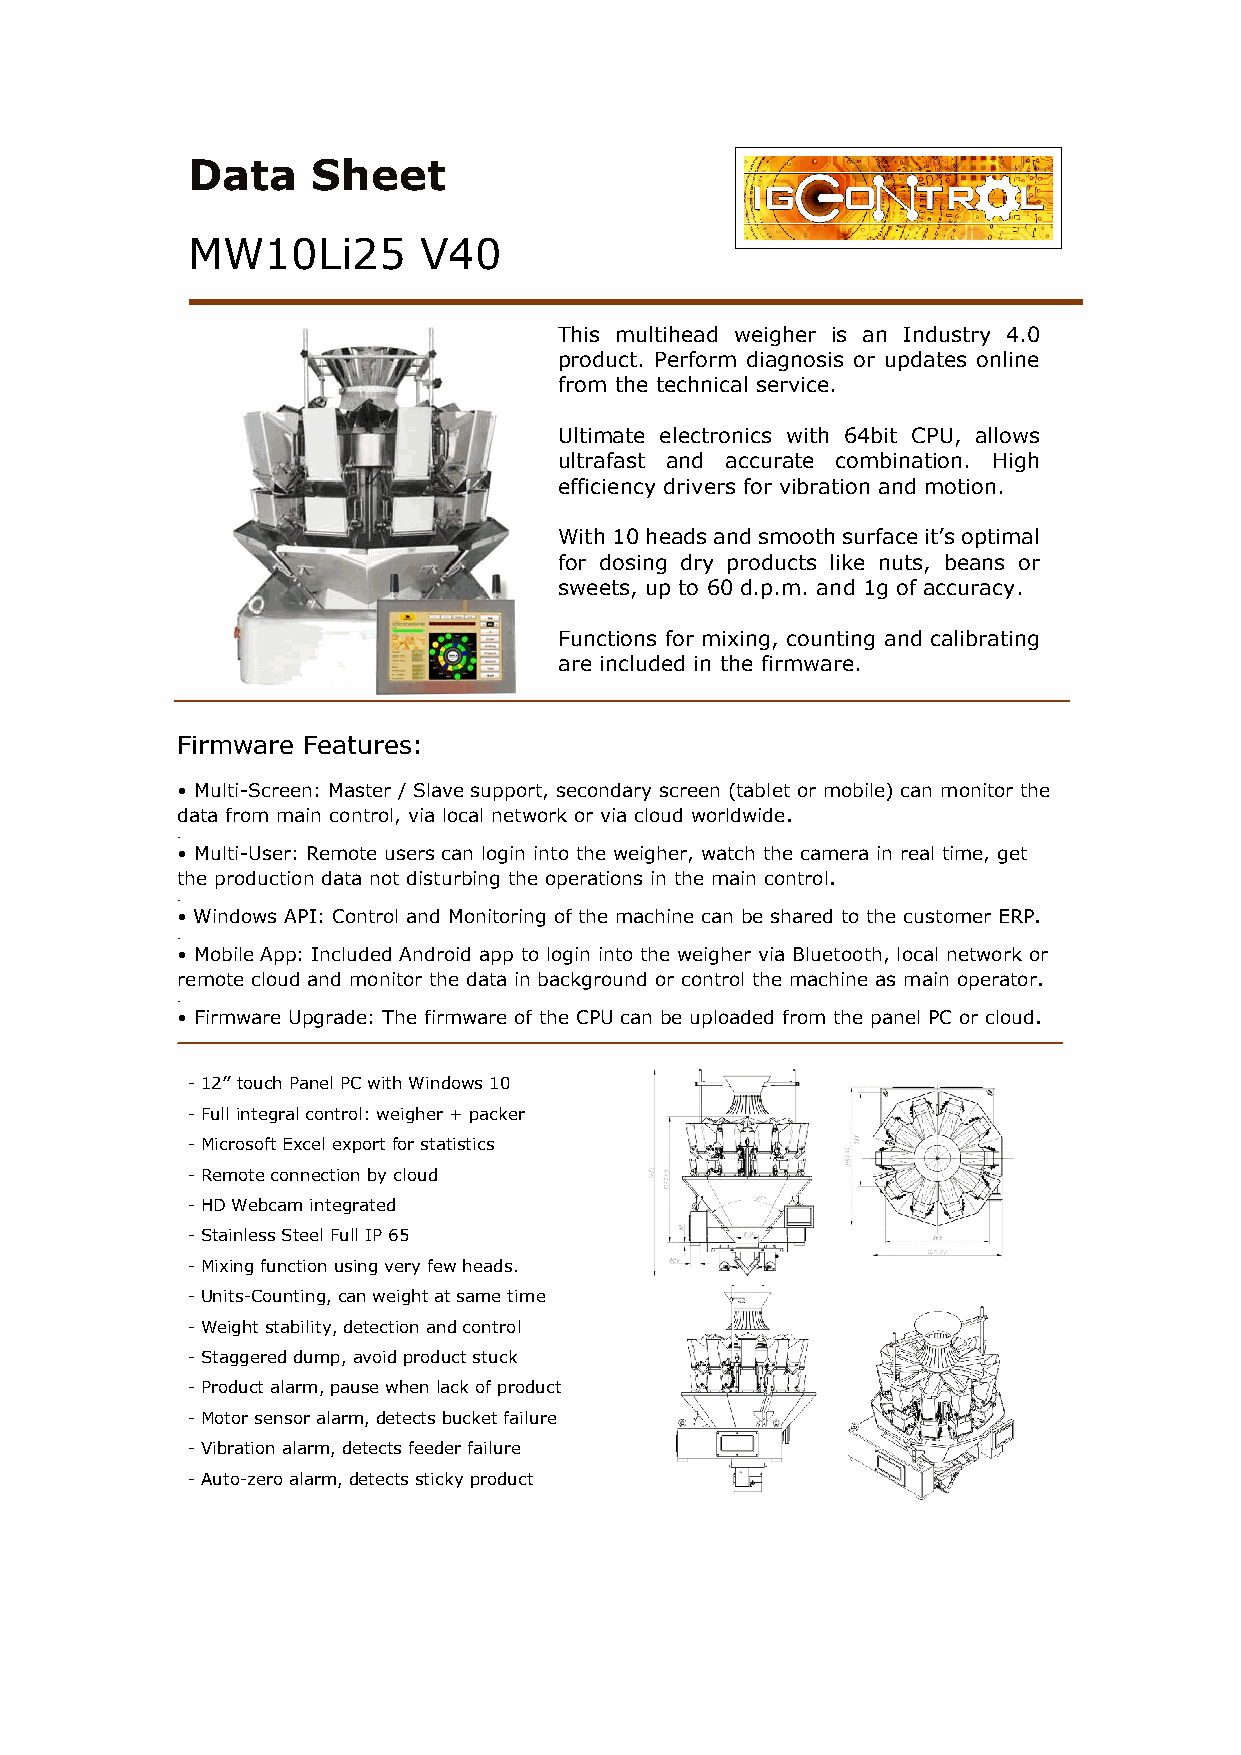
Data     Sheet
 MW10Li25        V40
 This multihead weigher is an Industry 4.0
 product. Perform diagnosis or updates online
 from the technical service.
 Ultimate electronics with 64bit CPU, allows
 ultrafast and accurate combination. High
 efficiency drivers for vibration and motion.
 With 10 heads and smooth surface it’s optimal
 for dosing dry products like nuts, beans or
 sweets, up to 60 d.p.m. and 1g of accuracy.
 Functions for mixing, counting and calibrating
 are included in the firmware.
 Firmware Features:
 • Multi-Screen: Master / Slave support, secondary screen (tablet or mobile) can monitor the
 data from main control, via local network or via cloud worldwide.
 .
 • Multi-User: Remote users can login into the weigher, watch the camera in real time, get
 the production data not disturbing the operations in the main control.
 .
 • Windows API: Control and Monitoring of the machine can be shared to the customer ERP.
 .
 • Mobile App: Included Android app to login into the weigher via Bluetooth, local network or
 remote cloud and monitor the data in background or control the machine as main operator.
 .
 • Firmware Upgrade: The firmware of the CPU can be uploaded from the panel PC or cloud.
 - 12’’ touch Panel PC with Windows 10
 - Full integral control: weigher + packer
 - Microsoft Excel export for statistics
 - Remote connection by cloud
 - HD Webcam integrated
 - Stainless Steel Full IP 65
 - Mixing function using very few heads.
 - Units-Counting, can weight at same time
 - Weight stability, detection and control
 - Staggered dump, avoid product stuck
 - Product alarm, pause when lack of product
 - Motor sensor alarm, detects bucket failure
 - Vibration alarm, detects feeder failure
 - Auto-zero alarm, detects sticky product